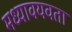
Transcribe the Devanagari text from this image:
मध्यावयवता